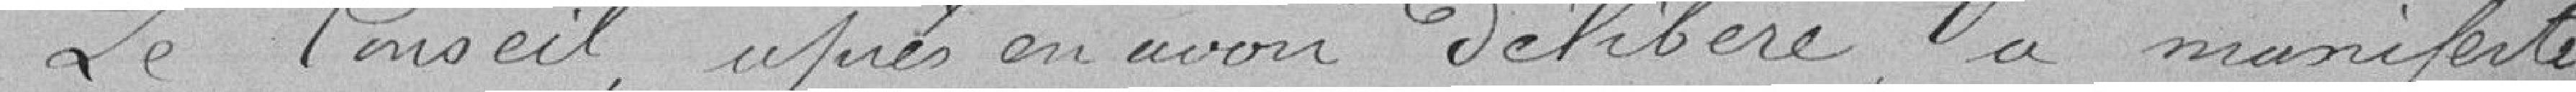
Le Conseil , après en avoir délibéré a manifesté